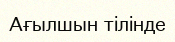
Ағылшын тілінде